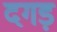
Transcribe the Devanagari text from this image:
दगड़